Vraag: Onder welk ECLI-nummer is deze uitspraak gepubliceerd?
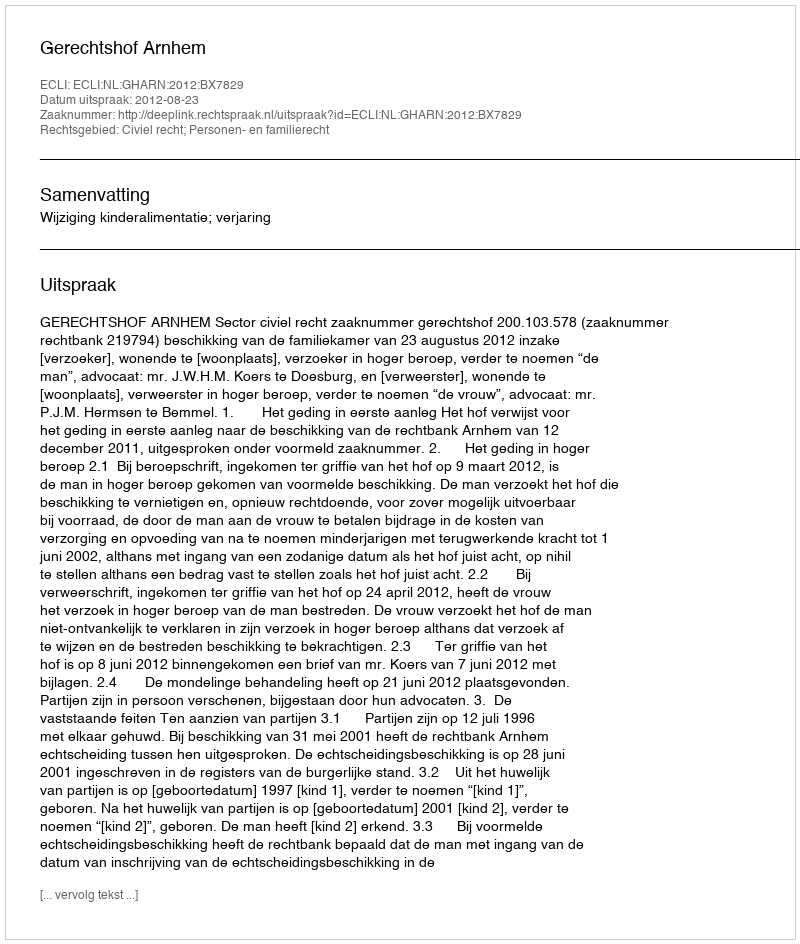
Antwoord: ECLI:NL:GHARN:2012:BX7829